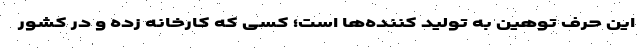
اين حرف توهين به توليد كننده‌ها است؛ کسی كه كارخانه زده و در كشور